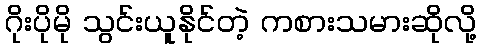
ဂိုးပိုမို သွင်းယူနိုင်တဲ့ ကစားသမားဆိုလို့